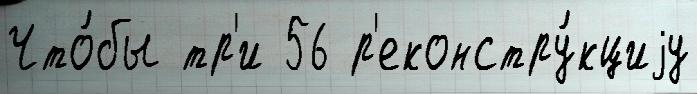
Что́бы тр'и 56 р'еконстру́кциjу